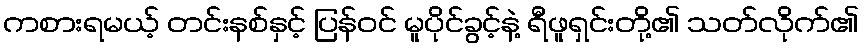
ကစားရမယ့် တင်းနစ်နှင့် ပြန်ဝင် မူပိုင်ခွင့်နဲ့ ရီဖူရှင်းတို့၏ သတ်လိုက်၏